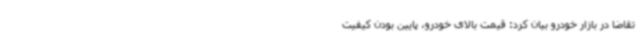
تقاضا در بازار خودرو بیان کرد: قیمت بالای خودرو، پایین بودن کیفیت